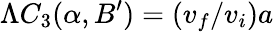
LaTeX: \Lambda C_{3}(\alpha,B^{\prime})=(v_{f}/v_{i})a